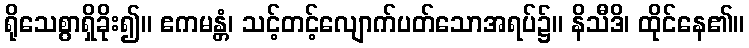
ရိုသေစွာရှိခိုး၍။ ဧကမန္တံ၊ သင့်တင့်လျောက်ပတ်သောအရပ်၌။ နိသီဒိ၊ ထိုင်နေ၏။